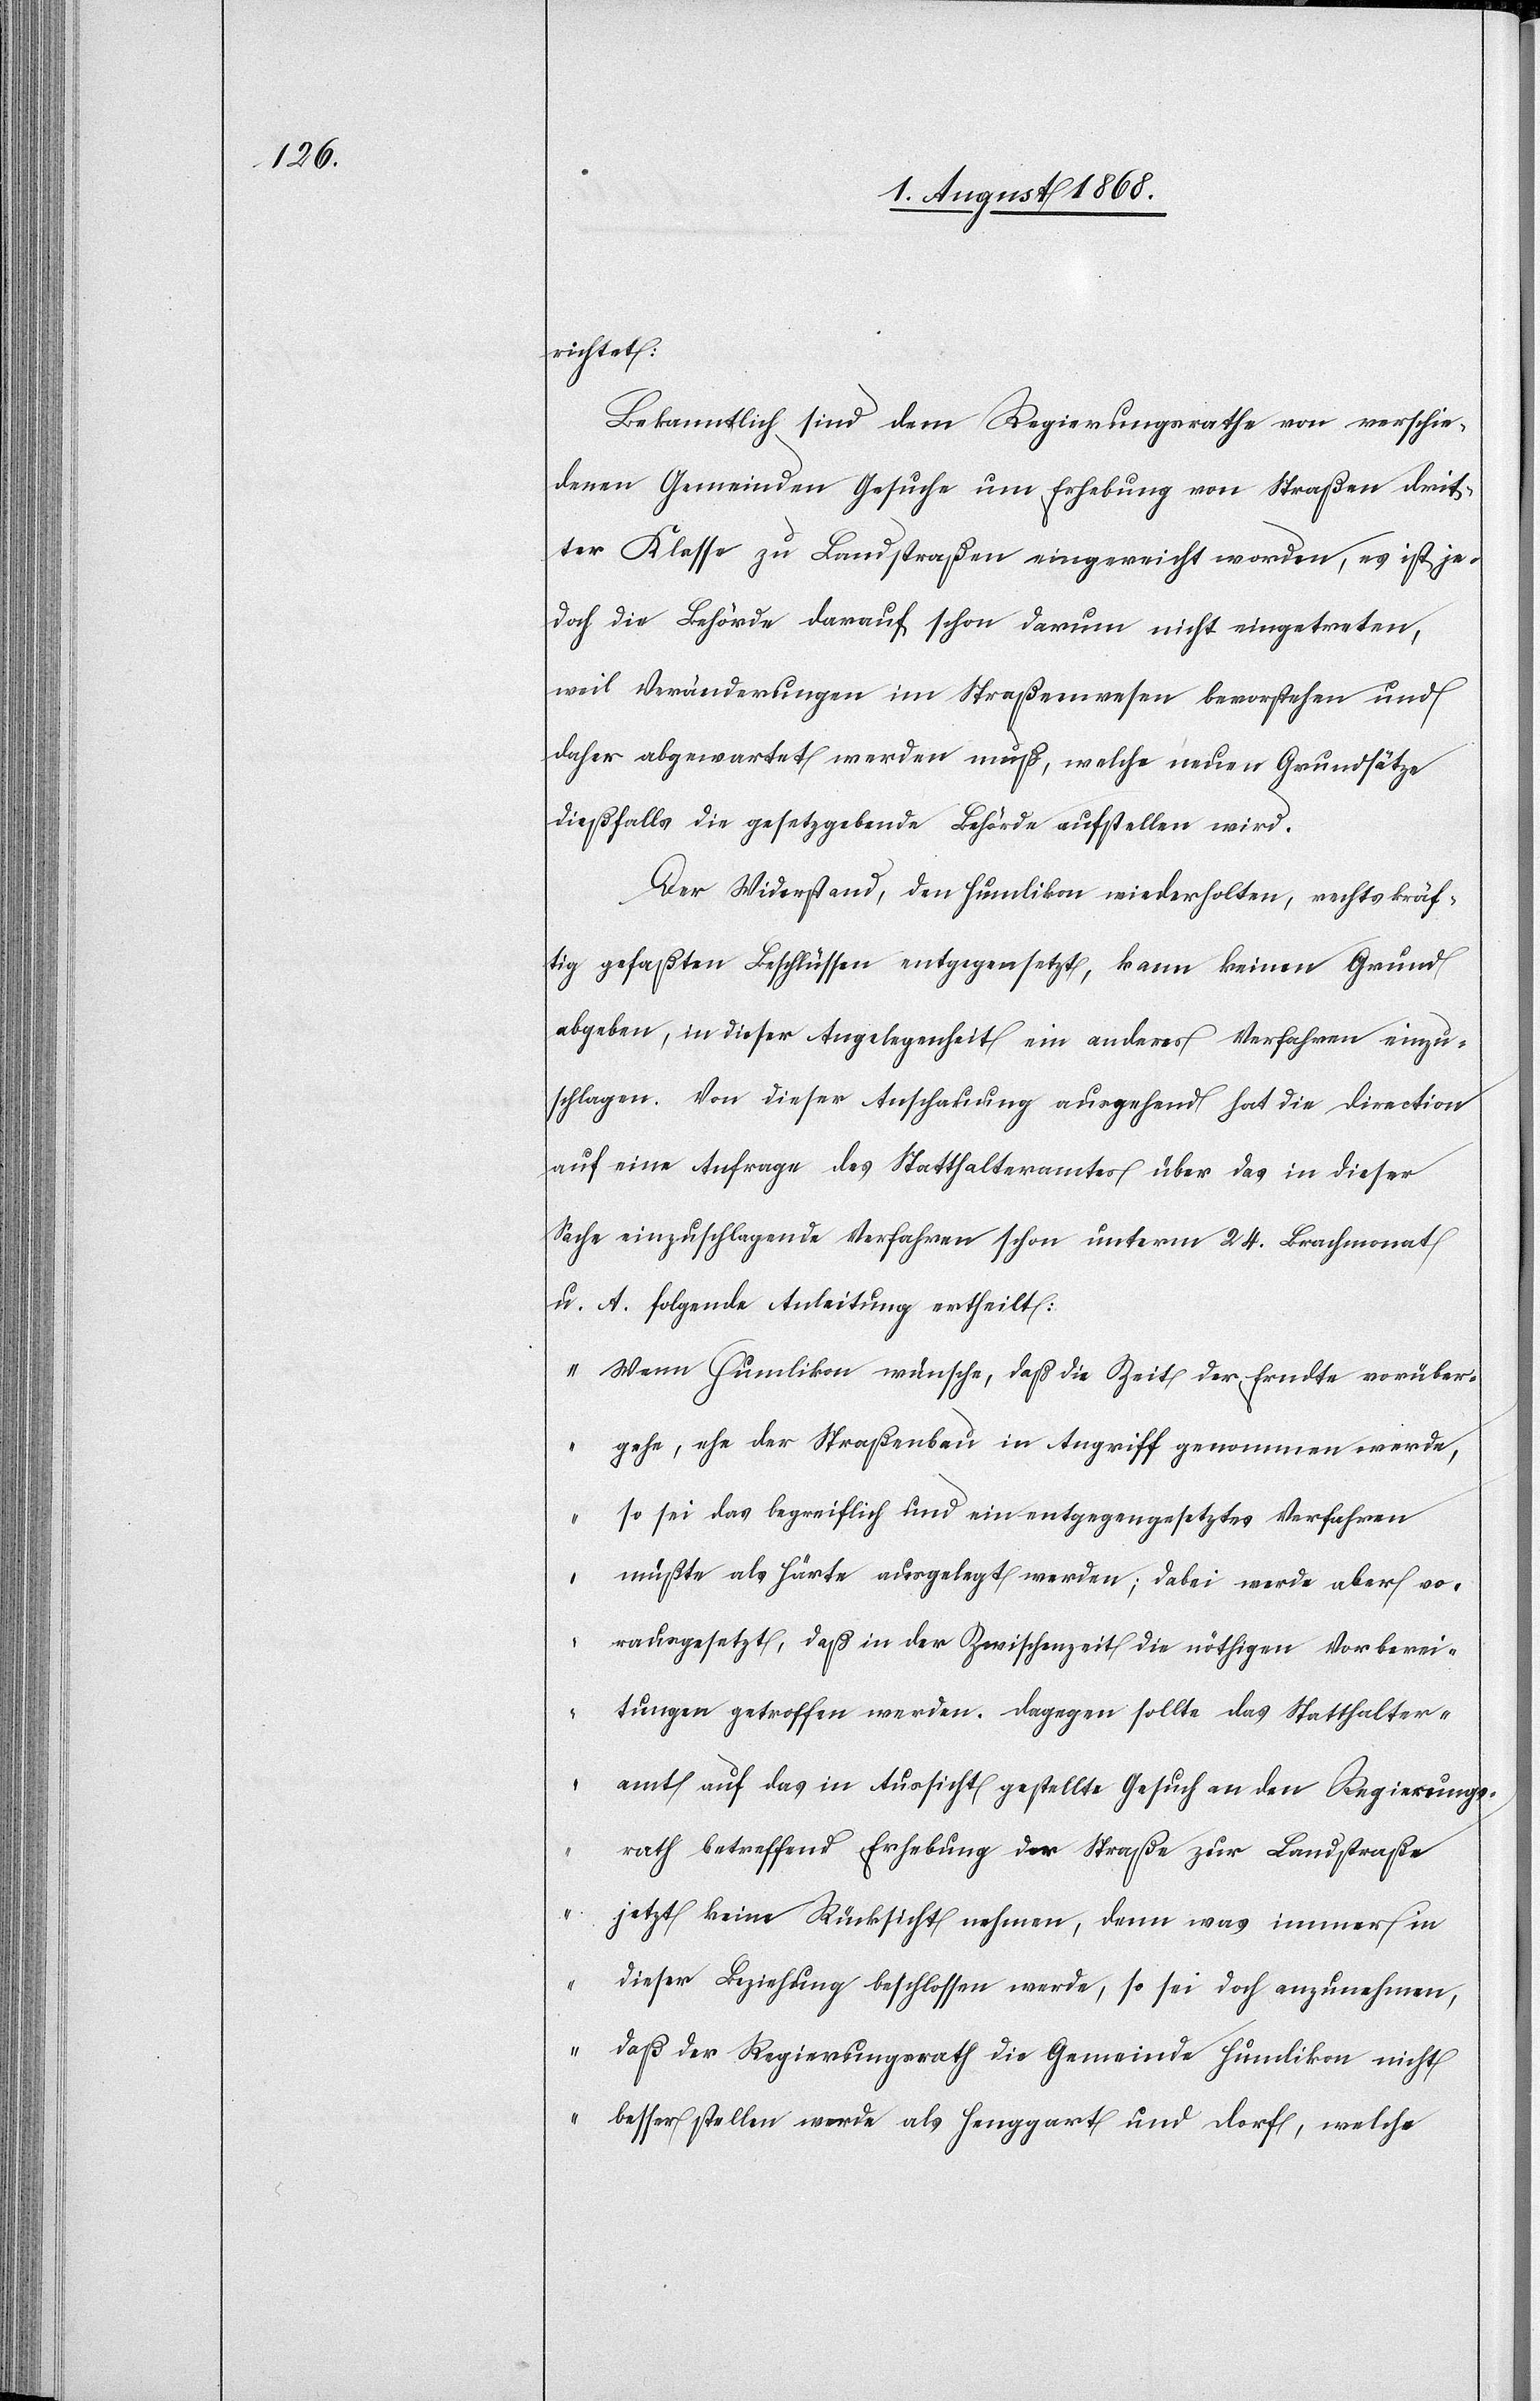
richtet:
Bekanntlich sind dem Regierungsrathe von verschie¬
denen Gemeinden Gesuche um Erhebung von Straßen drit¬
ter Klasse zu Landstraßen eingereicht worden, es ist je¬
doch die Behörde darauf schon darum nicht eingetreten,
weil Veränderungen im Straßenwesen bevorstehen und
daher abgewartet werden muß, welche neuen Grundsätze
dießfalls die gesetzgebende Behörde aufstellen wird.
Der Widerstand, den Humlikon wiederholten, rechtskräf¬
tig gefaßten Beschlüssen entgegensetzt, kann keinen Grund
abgeben, in dieser Angelegenheit ein anderes Verfahren einzu¬
schlagen. Von dieser Anschauung ausgehend hat die Direction
auf eine Anfrage des Statthalteramtes über das in dieser
Sache einzuschlagende Verfahren schon unterm 24. Brachmonat
u. A. folgende Anleitung ertheilt:
„Wenn Humlikon wünsche, daß die Zeit der Erndte vorüber¬
gehe, ehe der Straßenbau in Angriff genommen werde,
so sei das begreiflich und ein entgegengesetztes Verfahren
müßte als Härte ausgelegt werden; dabei werde aber vo¬
rausgesetzt, daß in der Zwischenzeit die nöthigen Vorberei¬
tungen getroffen werden. Dagegen sollte das Statthalter¬
amt auf das in Aussicht gestellte Gesuch an den Regierungs¬
rath betreffend Erhebung der Straße zur Landstraße
jetzt keine Rücksicht nehmen, denn was immer in
dieser Beziehung beschlossen werde, so sei doch anzunehmen,
daß der Regierungsrath die Gemeinde Humlikon nicht
besser stellen werde als Henggart und Dorf, welche